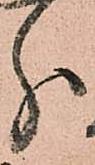
分